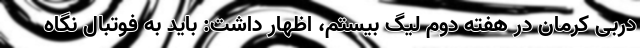
دربی کرمان در هفته دوم لیگ بیستم، اظهار داشت: باید به فوتبال نگاه